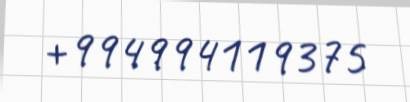
+994994119375